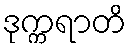
ဒုက္ကရာတိ